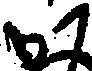
か